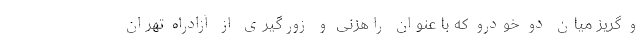
و گریز میان دو خودرو که با عنوان راهزنی و زورگیری از آزادراه تهران